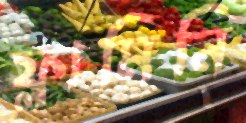
ফ্লামিনি